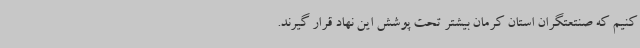
کنیم که صنتعتگران استان کرمان بیشتر تحت پوشش این نهاد قرار گیرند.